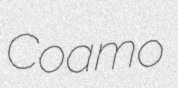
Coamo